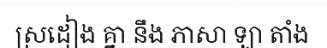
ស្រដៀង គ្នា នឹង ភាសា ឡា តាំង